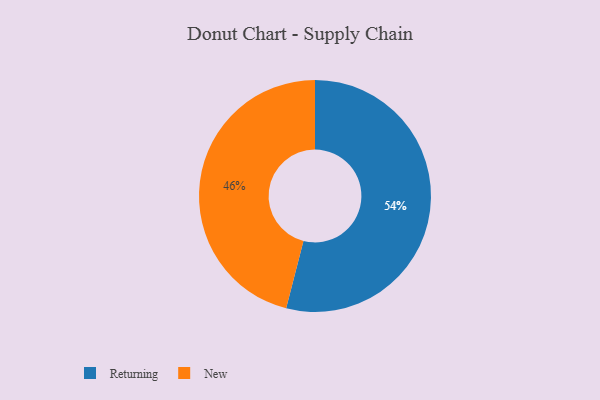
{"axis": {"x": "Category", "y": "Percentage"}, "legend": ["New", "Returning"], "data": [{"x": "Returning", "y": 54, "type": "Returning"}, {"x": "New", "y": 46, "type": "New"}]}